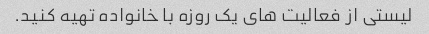
لیستی از فعالیت های یک روزه با خانواده تهیه کنید.